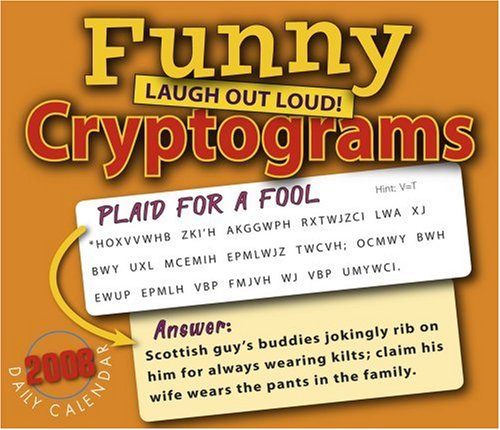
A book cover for Funny Cryptograms 2008 Daily Boxed Calendar; Shawn Kennedy; Calendars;